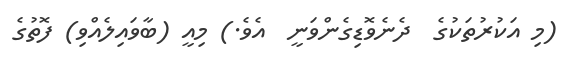
(މި އަކުރުތަކުގެ  ދެނެވޮޑިގެންވަނީ  އެވެ.) މިއީ (ބާވައިލެއްވި) ފޮތުގެ